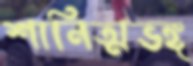
শানিত্মভঙ্গ